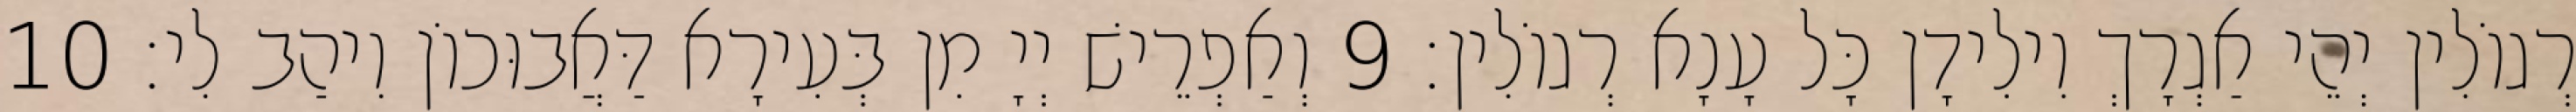
רְגוֹלִין יְהֵי אַגְרָךְ וִילִידָן כָּל עָנָא רְגוֹלִין׃ 9 וְאַפְרֵישׁ יְיָ מִן בְּעִירָא דַּאֲבוּכוֹן וִיהַב לִי׃ 10